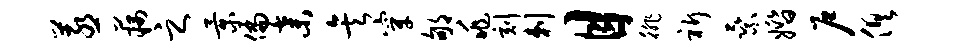
蒸藕之景偏弃矣穿郇兆刻剌目徘祈乘婚户俱